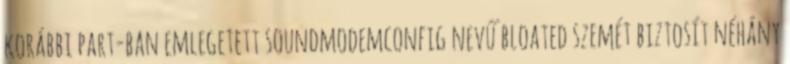
korábbi part-ban emlegetett soundmodemconfig nevű bloated szemét biztosít néhány